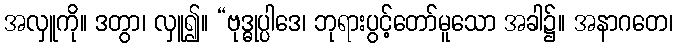
အလှူကို။ ဒတွာ၊ လှူ၍။ “ဗုဒ္ဓုပ္ပါဒေ၊ ဘုရားပွင့်တော်မူသော အခါ၌။ အနာဂတေ၊